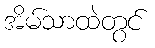
အိမ်သာထဲတွင်